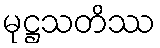
မုဋ္ဌသတိဿ